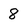
Character: 8